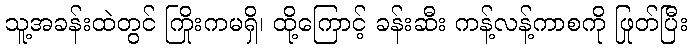
သူ့အခန်းထဲတွင် ကြိုးကမရှိ၊ ထို့ကြောင့် ခန်းဆီး ကန့်လန့်ကာစကို ဖြုတ်ပြီး